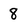
Character: 8